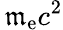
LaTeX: \, \mathfrak{m}_{\mathrm{{e}}}c^{2}